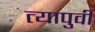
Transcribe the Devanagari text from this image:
त्यापुर्वी